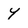
Character: Y